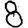
Digit: 8